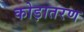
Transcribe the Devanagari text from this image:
कोड़ातरण